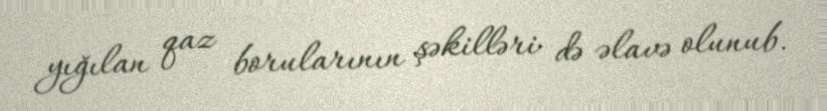
yığılan qaz borularının şəkilləri də əlavə olunub.